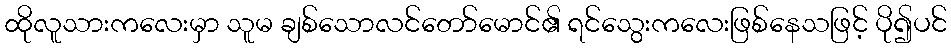
ထိုလူသားကလေးမှာ သူမ ချစ်သောလင်တော်မောင်၏ ရင်သွေးကလေးဖြစ်နေသဖြင့် ပို၍ပင်